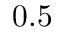
0 . 5